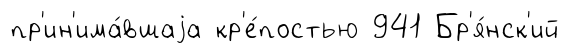
пр'ин'има́вшаjа кр'е́постью 941 Бр'я́нск'ий